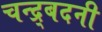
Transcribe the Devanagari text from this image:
चन्द्र्बदनी